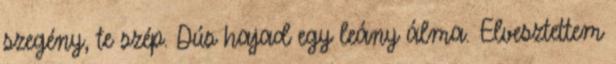
szegény, te szép. Dús hajad egy leány álma. Elvesztettem